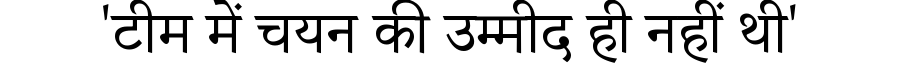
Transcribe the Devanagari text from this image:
'टीम में चयन की उम्मीद ही नहीं थी'